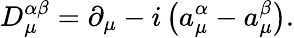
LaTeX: D_{\mu}^{\alpha\beta}=\partial_{\mu}-i\left(a_{\mu}^{\alpha}-a_{\mu}^{\beta}\right).